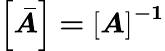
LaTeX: \boldsymbol{\left[\bar{A}\right]=\left[A\right]^{-1}}